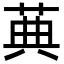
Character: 䓦